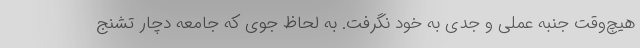
هیچ‌وقت جنبه عملی و جدی به خود نگرفت. به لحاظ جوی که جامعه دچار تشنج